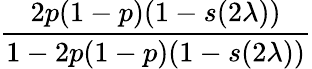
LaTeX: \frac{2p(1-p)(1-{s(2\lambda)})}{1-2p(1-p)(1-{s(2\lambda)})}